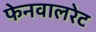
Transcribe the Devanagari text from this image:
फेनवालरेट